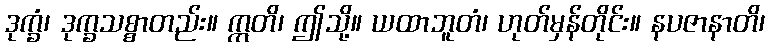
ဒုက္ခံ၊ ဒုက္ခသစ္စာတည်း။ ဣတိ၊ ဤသို့။ ယထာဘူတံ၊ ဟုတ်မှန်တိုင်း။ နပဇာနာတိ၊